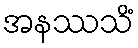
အနဿသိံ